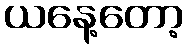
ယနေ့တော့